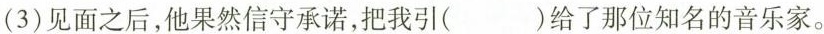
(3)见面之后，他果然信守承诺，把我引( )给了那位知名的音乐家。